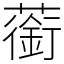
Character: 䕔